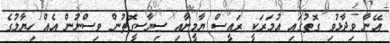
އޭނާ ވިދާޅުވި ގޮތުގައި އުމަރަކީ ރައީސް ޔާމީނާއި ސިޔާސީގޮތުން ވިސްނުން އެއް ހިޔާލުގެ